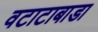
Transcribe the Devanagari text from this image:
वटाटाबाडा